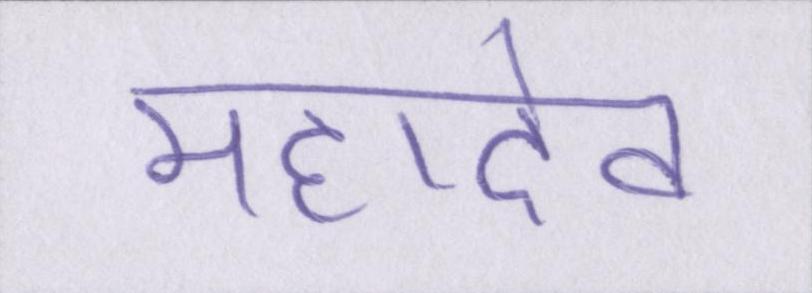
महादेव